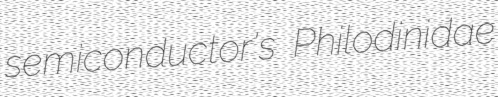
semiconductor's Philodinidae